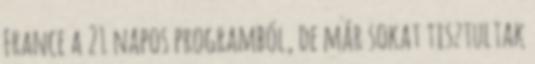
France a 21 napos programból, de már sokat tisztultak